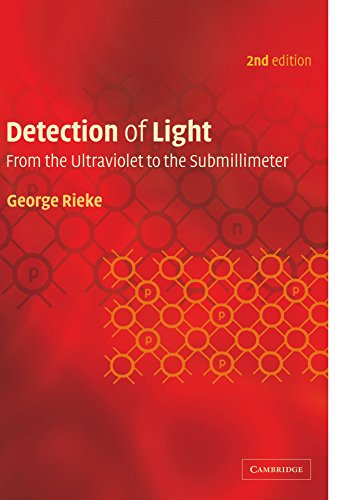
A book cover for Detection of Light: From the Ultraviolet to the Submillimeter; George Rieke; Science & Math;